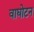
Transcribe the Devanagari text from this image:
वाघोटन